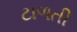
ટાળતી